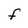
Character: f